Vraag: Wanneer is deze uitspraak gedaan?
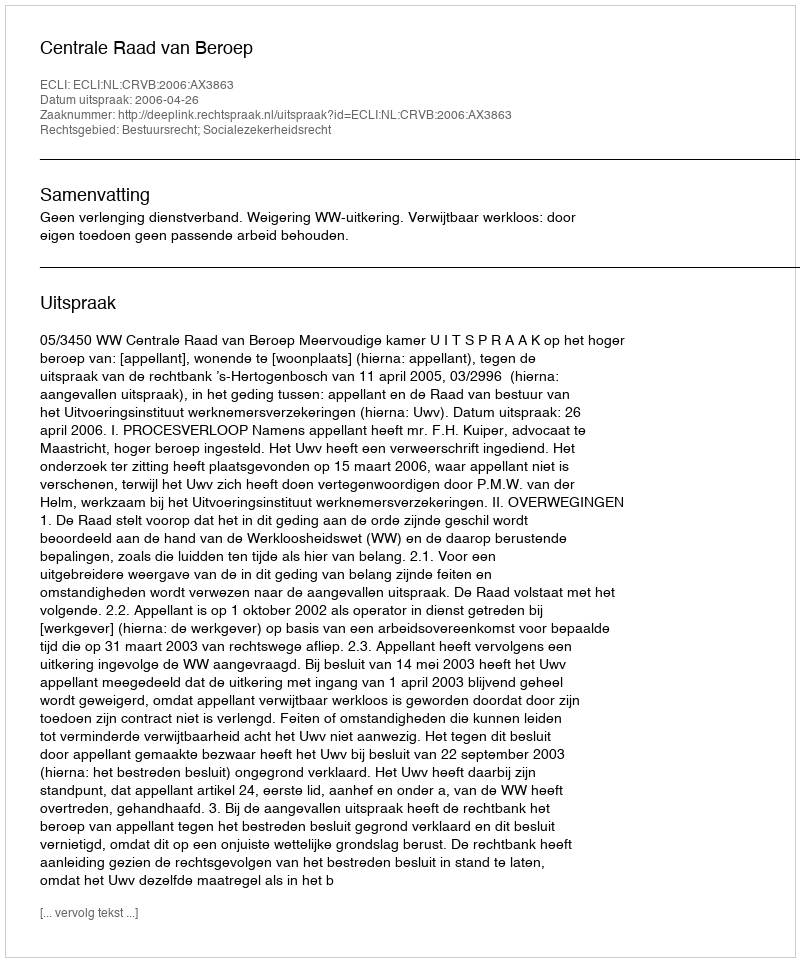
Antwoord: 2006-04-26